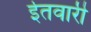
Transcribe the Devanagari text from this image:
ईतवारी